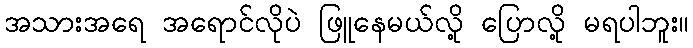
အသားအရေ အရောင်လိုပဲ ဖြူနေမယ်လို့ ပြောလို့ မရပါဘူး။